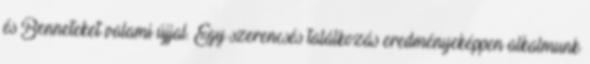
és Benneteket valami újjal. Egy szerencsés találkozás eredményeképpen alkalmunk